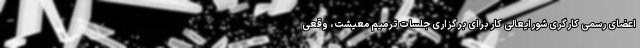
اعضای رسمی کارگری شورایعالی کار برای برگزاری جلسات ترمیم معیشت، وقعی